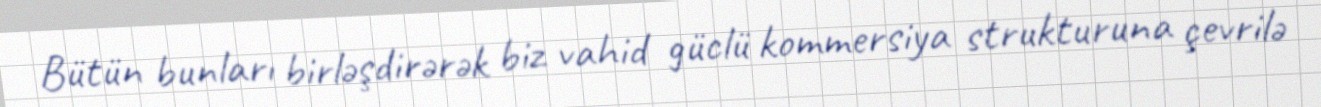
Bütün bunları birləşdirərək biz vahid güclü kommersiya strukturuna çevrilə